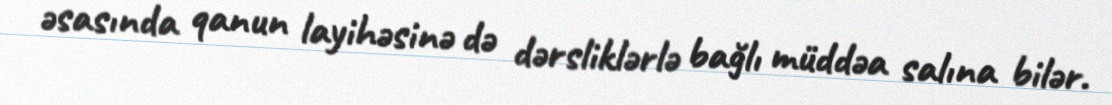
əsasında qanun layihəsinə də dərsliklərlə bağlı müddəa salına bilər.